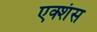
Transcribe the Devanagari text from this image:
एक्शंस